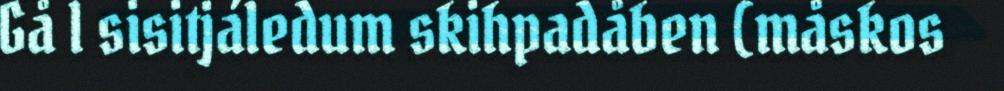
Gå l sisitjáledum skihpadåben (måskos